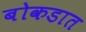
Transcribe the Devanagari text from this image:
बोकडात